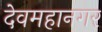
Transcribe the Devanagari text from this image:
देवमहानगर